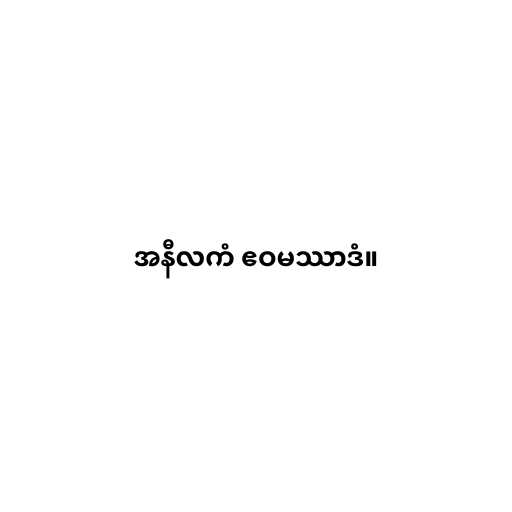
အနီလကံ ဧဝမဿာဒံ။